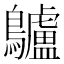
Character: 𪈒